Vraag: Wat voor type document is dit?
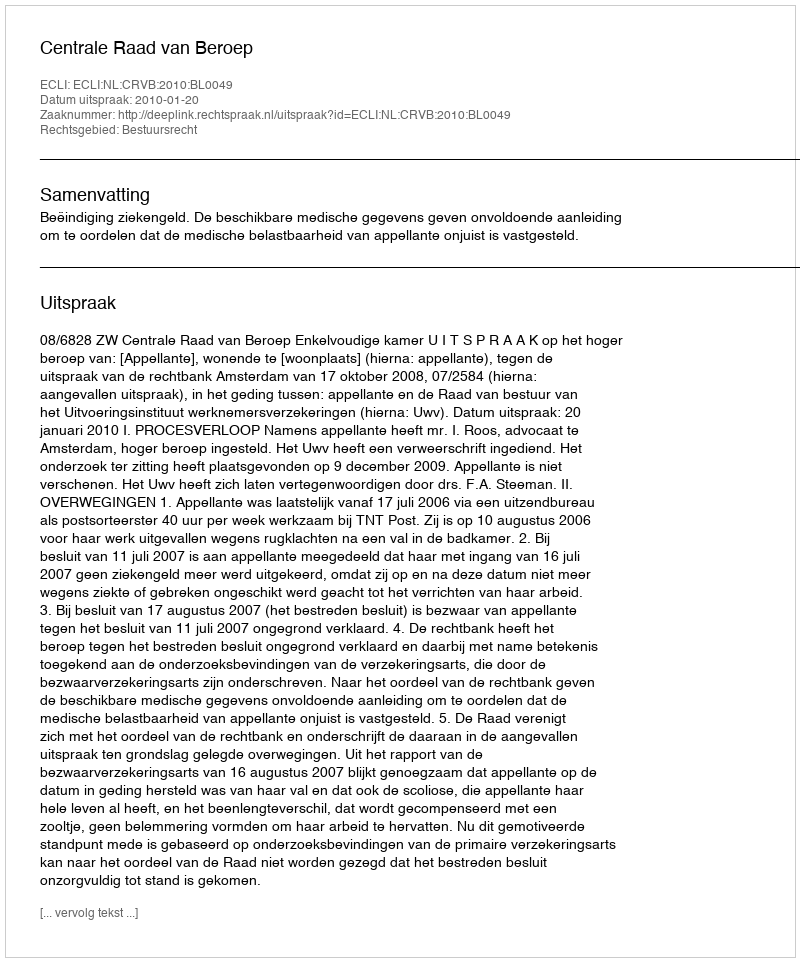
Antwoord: Uitspraak